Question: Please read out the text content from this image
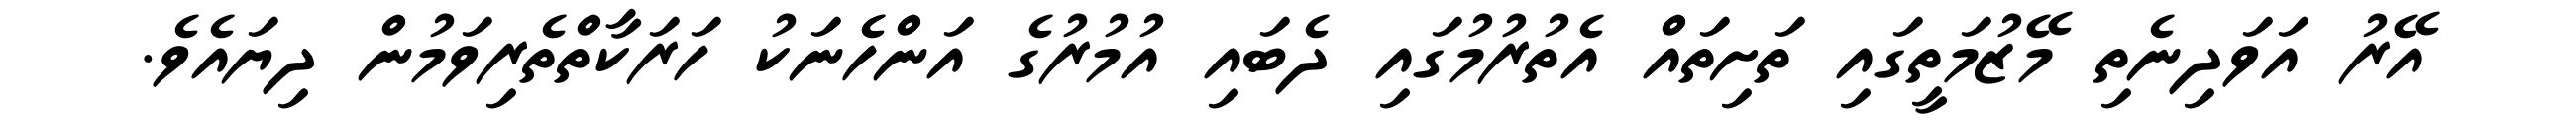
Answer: އޭރު އަވަދިނެތި މޭޒުމަތީގައި ތަށިތައް އެތުރުމުގައި ދެބައި އުމުރުގެ އަންހެނަކު ހަރަކާތްތެރިވަމުން ދިޔައެވެ.